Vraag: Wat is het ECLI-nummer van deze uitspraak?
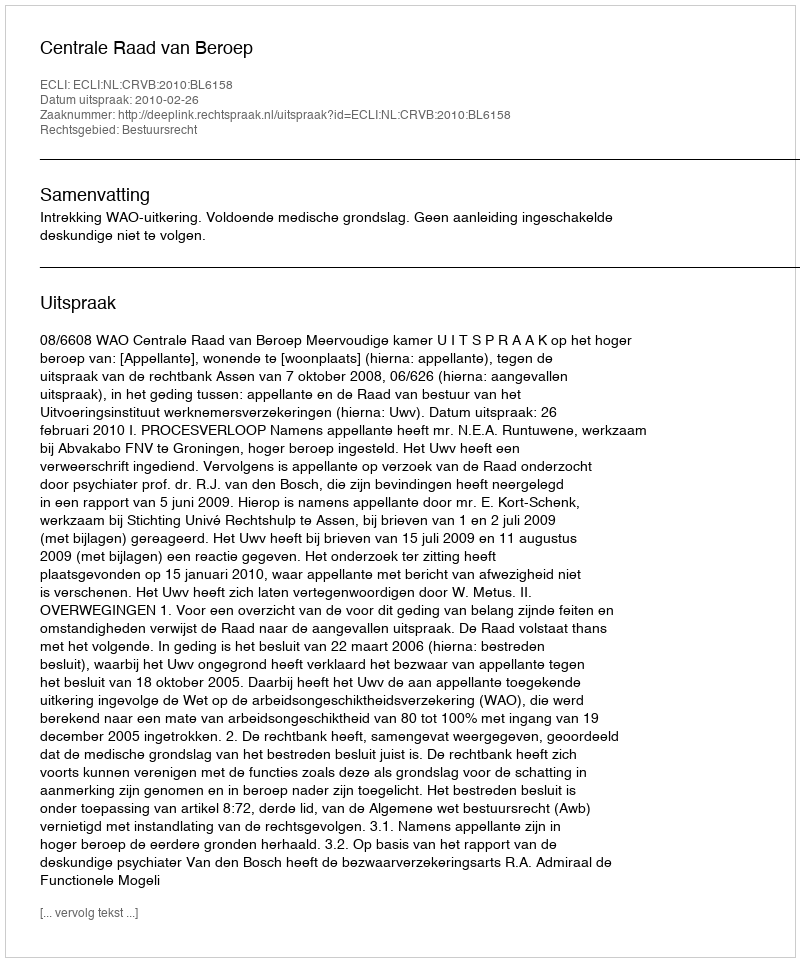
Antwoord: ECLI:NL:CRVB:2010:BL6158